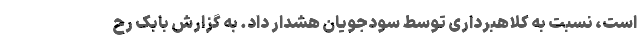
است، نسبت به کلاهبرداری توسط سودجویان هشدار داد. به گزارش بابک رح